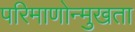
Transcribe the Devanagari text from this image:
परिमाणोन्मुखता